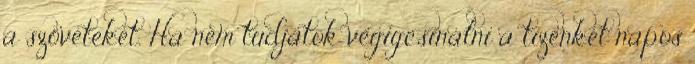
a szöveteket. Ha nem tudjátok végigcsinálni a tizenkét napos